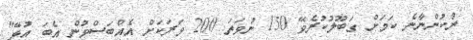
ނުކުންނާނެ ކަމަށް ގަބޫލުކުރެވޭ 150 ނުވަތަ 200 ވަރަކަށް އެއްބަސްވުން އެބަ އުޅޭ"